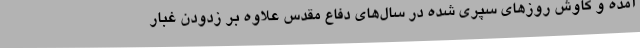
آمده و کاوش روزهای سپری شده در سال‌های دفاع مقدس علاوه بر زدودن غبار